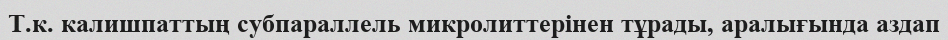
Т.к. калишпаттың субпараллель микролиттерінен тұрады, аралығында аздап